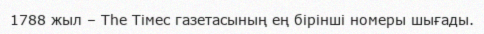
1788 жыл – Тһе Тімес газетасының ең бірінші номеры шығады.